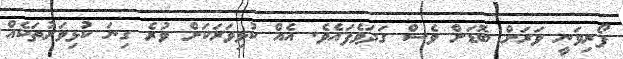
ފޯރިވަނީ ވަރަށް ބޮޑަށް ވެސް ގަދަވެފައެވެ. އެއް ކުޅިވަރަކަށް ވުރެ ގިނަ ކުޅިވަރުތަކެއް